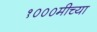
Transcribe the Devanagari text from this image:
१०००मीच्या